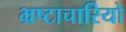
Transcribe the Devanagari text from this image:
भ्रष्टाचारियो